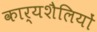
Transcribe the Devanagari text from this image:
कार्यशैलियों